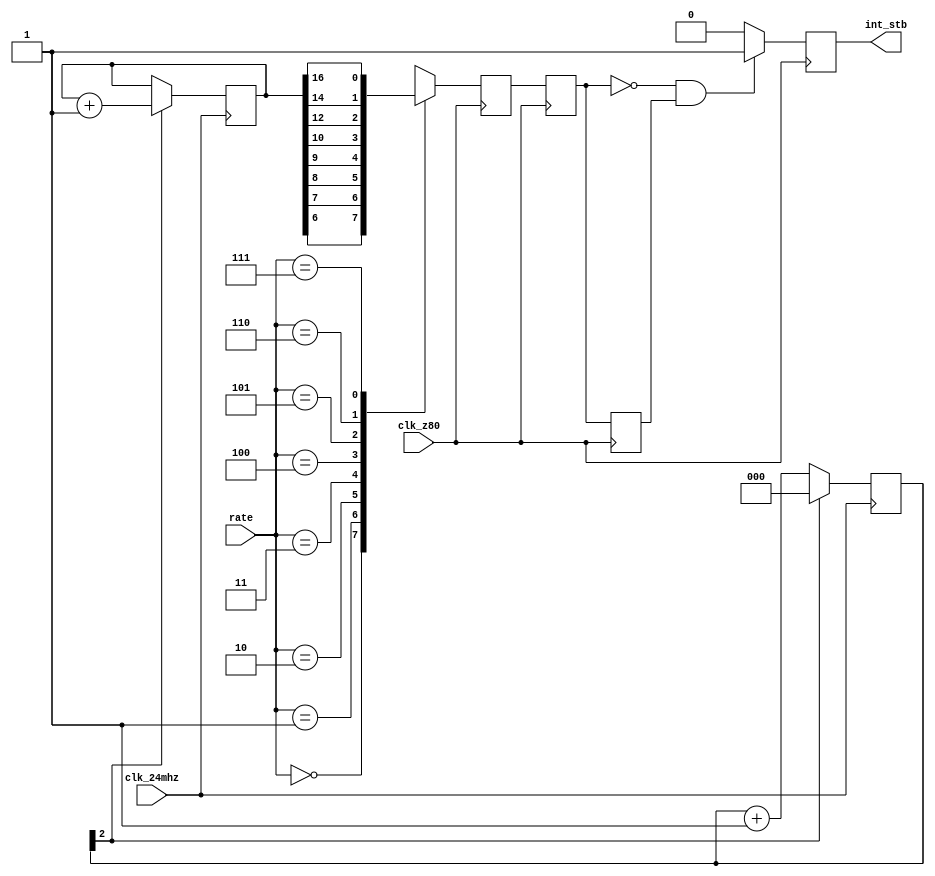
// part of NeoGS project (c) 2007-2008 NedoPC
//
// interrupt controller for Z80

module timer(

	input  wire clk_24mhz,
	input  wire clk_z80,

	input  wire [2:0] rate,     // z80 clocked
	// 3'b000 -- 37500/1
	// 3'b001 -- 37500/2
	// 3'b010 -- 37500/4
	// 3'b011 -- 37500/8
	// 3'b100 -- 37500/16
	// 3'b101 -- 37500/64
	// 3'b110 -- 37500/256
	// 3'b111 -- 37500/1024
	
	output reg  int_stb
);
	reg [ 2:0] ctr5;
	reg [16:0] ctr128k;

	reg ctrsel;



	reg int_sync1,int_sync2,int_sync3;



	always @(posedge clk_24mhz)
	begin
		if( !ctr5[2] )
			ctr5 <= ctr5 + 3'd1;
		else
			ctr5 <= 3'd0;
	end
	//
	initial
		ctr128k = 'd0;
	always @(posedge clk_24mhz)
	begin
		if( ctr5[2] )
			ctr128k <= ctr128k + 17'd1;
	end


	always @*
	case( rate )
		3'b000: ctrsel = ctr128k[6];
		3'b001: ctrsel = ctr128k[7];
		3'b010: ctrsel = ctr128k[8];
		3'b011: ctrsel = ctr128k[9];
		3'b100: ctrsel = ctr128k[10];
		3'b101: ctrsel = ctr128k[12];
		3'b110: ctrsel = ctr128k[14];
		3'b111: ctrsel = ctr128k[16];
	endcase





	// generate interrupt signal in clk_z80 domain
	always @(posedge clk_z80)
	begin
		int_sync3 <= int_sync2;
		int_sync2 <= int_sync1;
		int_sync1 <= ctrsel;
	end

	always @(posedge clk_z80)
	if( !int_sync2 && int_sync3 )
		int_stb <= 1'b1;
	else
		int_stb <= 1'b0;

endmodule